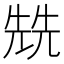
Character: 兟